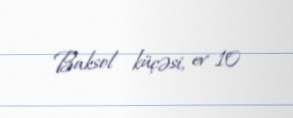
Baksol küçəsi, ev 10